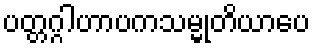
ပတ္တဂ္ဂါဟာပကသမ္မုတိယာပေ